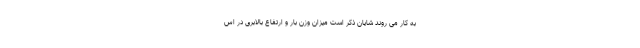
به کار می روند شایان ذکر است میزان وزن بار و ارتفاع بالابری در اس